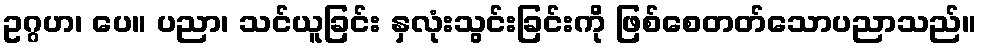
ဥဂ္ဂဟ၊ ပေ။ ပညာ၊ သင်ယူခြင်း နှလုံးသွင်းခြင်းကို ဖြစ်စေတတ်သောပညာသည်။